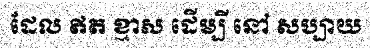
ដែល ឥត ខ្មាស ដើម្បី នៅ សប្បាយ